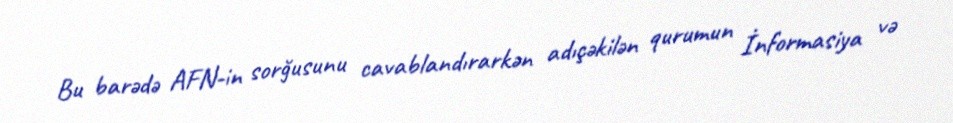
Bu barədə AFN-in sorğusunu cavablandırarkən adıçəkilən qurumun İnformasiya və